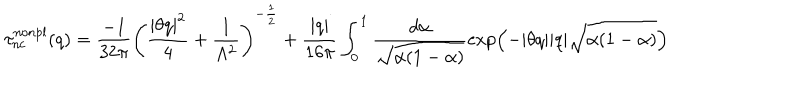
LaTeX: \tau _ { \mathrm { n c } } ^ { \mathrm { n o n p l } } ( q ) = \frac { - 1 } { 3 2 \pi } \left( \frac { | \theta q | ^ { 2 } } { 4 } + \frac { 1 } { \Lambda ^ { 2 } } \right) ^ { - \frac 1 2 } + \frac { | q | } { 1 6 \pi } \int _ { 0 } ^ { 1 } \frac { d \alpha } { \sqrt { \alpha ( 1 - \alpha ) } } \exp \left( - | \theta q | | q | \sqrt { \alpha ( 1 - \alpha ) } \right)